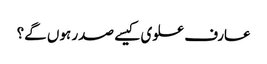
عارف علوی کیسے صدر ہوں گے؟